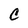
Character: c